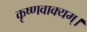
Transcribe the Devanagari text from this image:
कृष्णवाक्यम्।